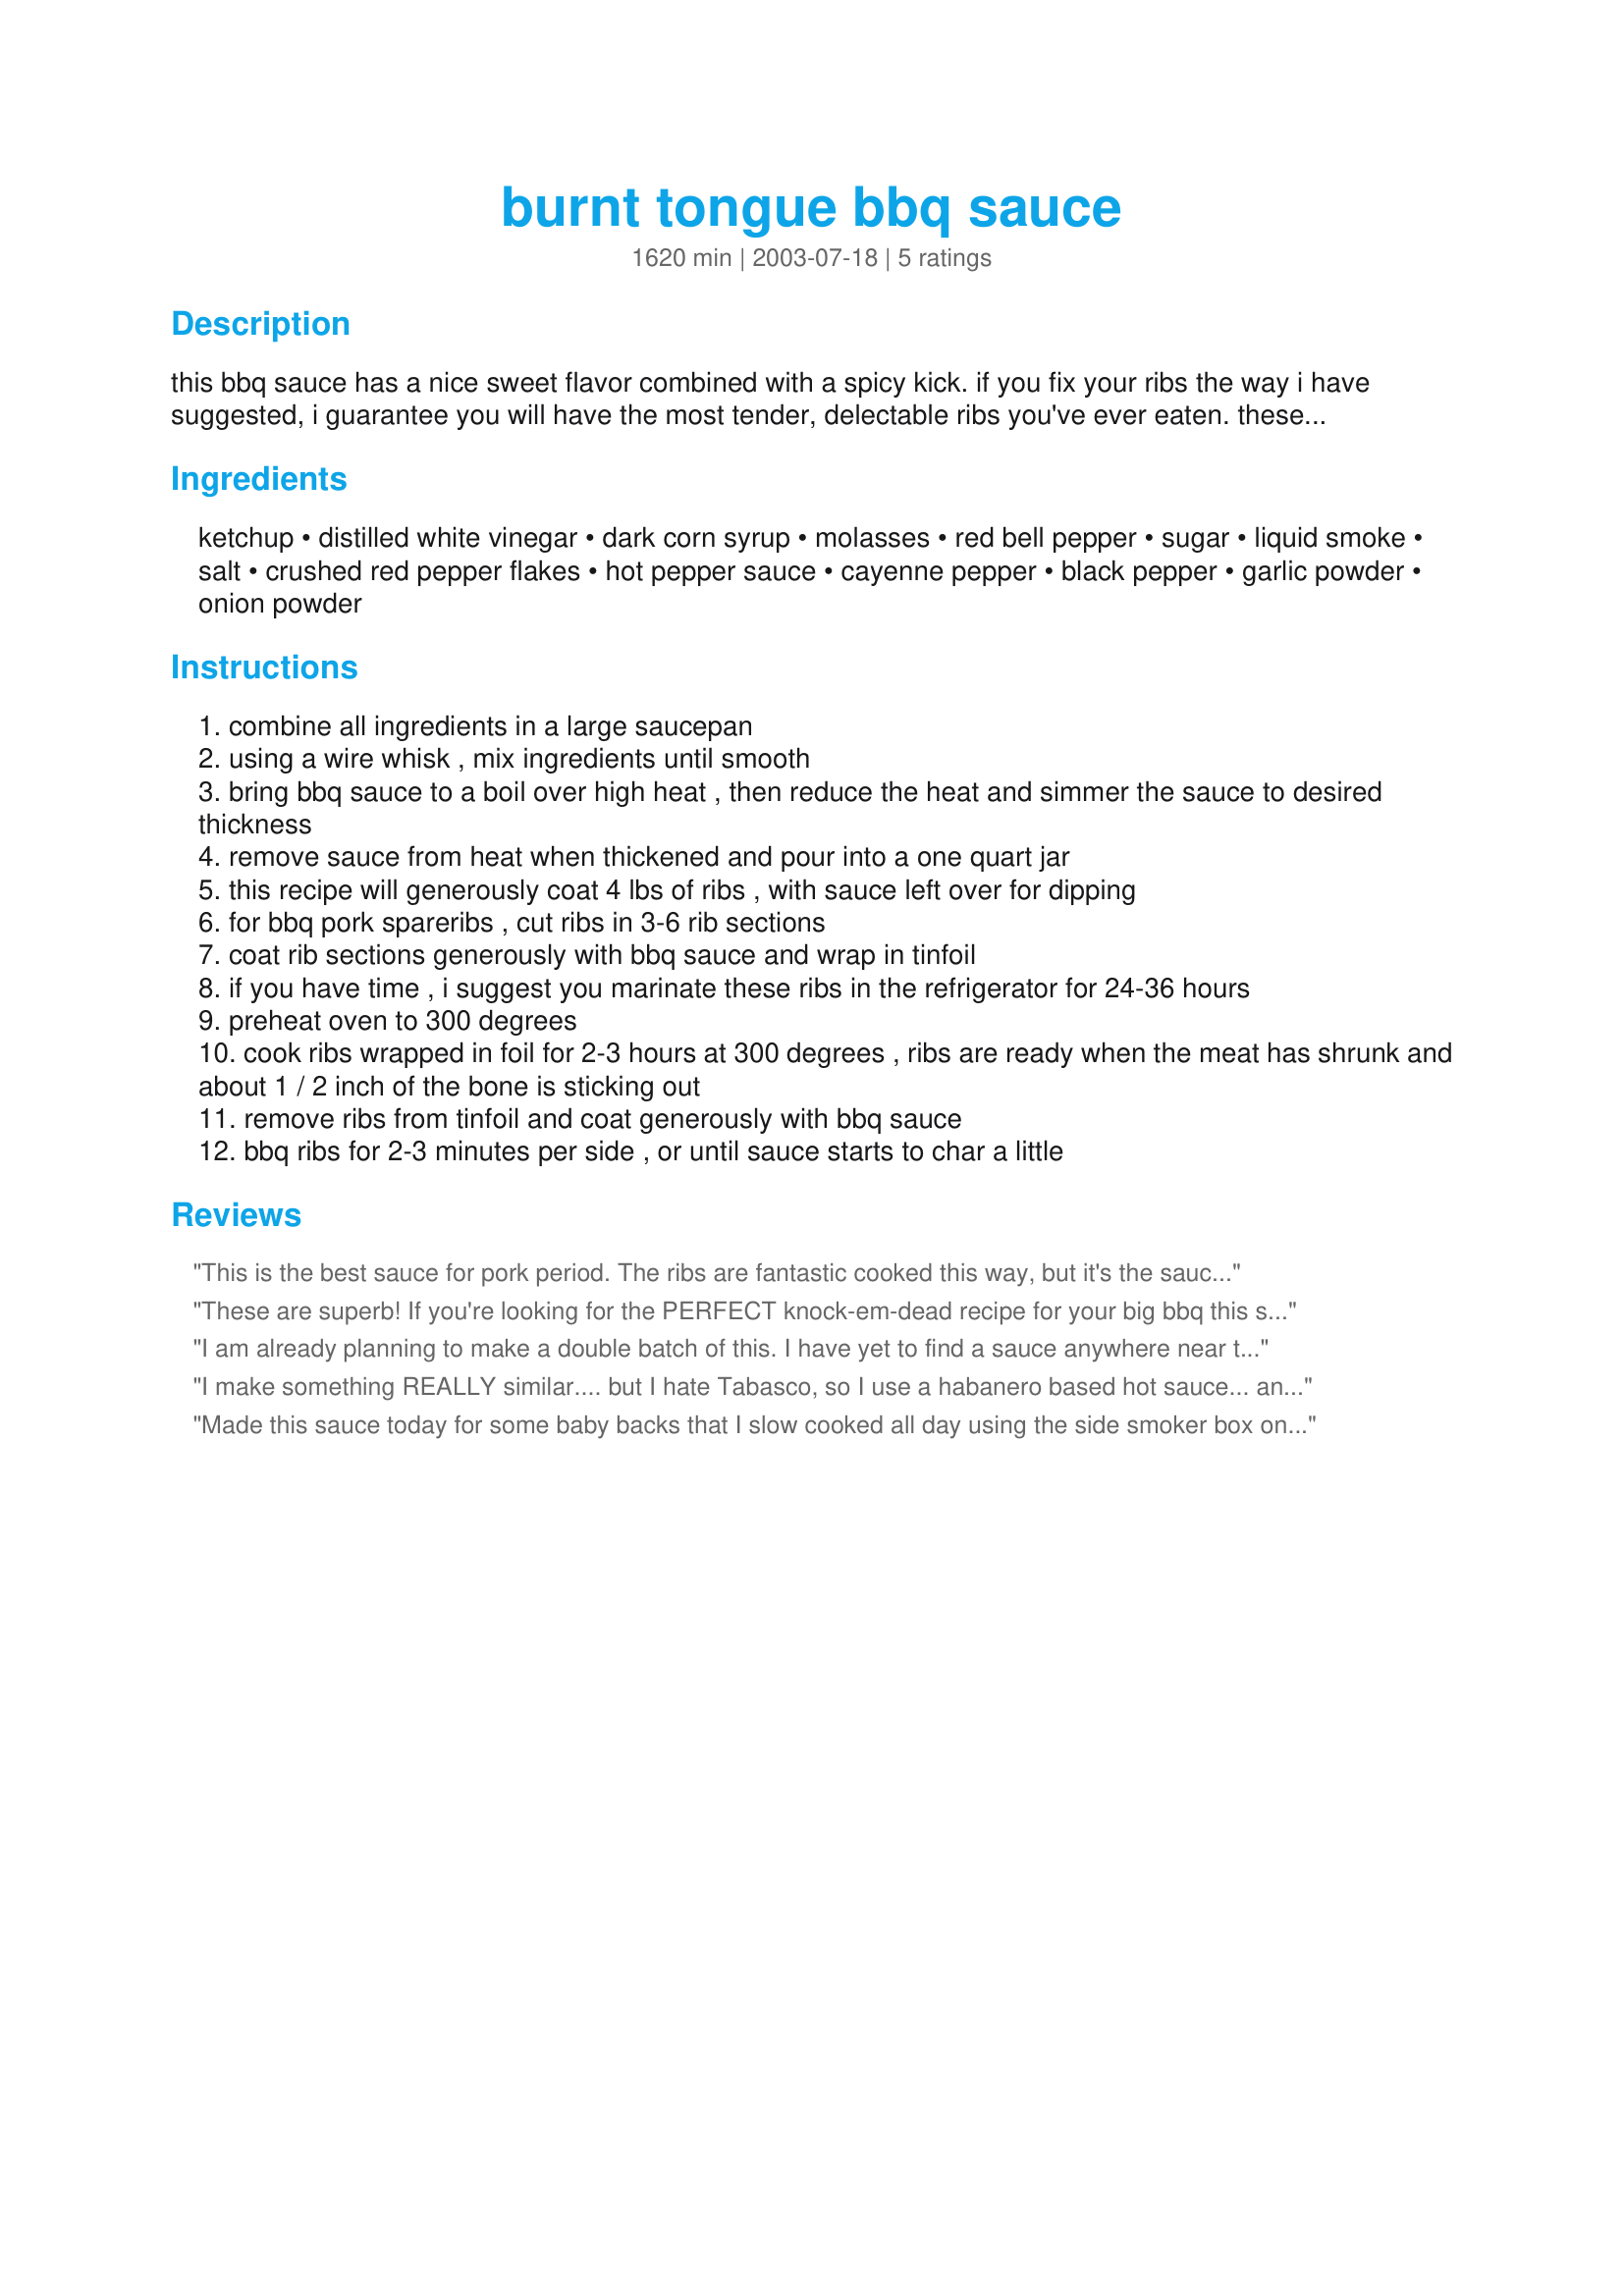
burnt tongue bbq sauce
Preparation time: 1620 minutes

this bbq sauce has a nice sweet flavor combined with a spicy kick. if you fix your ribs the way i have suggested, i guarantee you will have the most tender, delectable ribs you've ever eaten. these ribs are a huge hit at parties and family gatherings, i have yet to find someone that didn't fall head over heals for them! 1 quart will coat 4-6 lbs. of pork spareribs

Ingredients:
ketchup, distilled white vinegar, dark corn syrup, molasses, red bell pepper, sugar, liquid smoke, salt, crushed red pepper flakes, hot pepper sauce, cayenne pepper, black pepper, garlic powder, onion powder

Steps:
combine all ingredients in a large saucepan
using a wire whisk , mix ingredients until smooth
bring bbq sauce to a boil over high heat , then reduce the heat and simmer the sauce to desired thickness
remove sauce from heat when thickened and pour into a one quart jar
this recipe will generously coat 4 lbs of ribs , with sauce left over for dipping
for bbq pork spareribs , cut ribs in 3-6 rib sections
coat rib sections generously with bbq sauce and wrap in tinfoil
if you have time , i suggest you marinate these ribs in the refrigerator for 24-36 hours
preheat oven to 300 degrees
cook ribs wrapped in foil for 2-3 hours at 300 degrees , ribs are ready when the meat has shrunk and about 1 / 2 inch of the bone is sticking out
remove ribs from tinfoil and coat generously with bbq sauce
bbq ribs for 2-3 minutes per side , or until sauce starts to char a little

Reviews:
This is the best sauce for pork period. The ribs are fantastic cooked this way, but it's the sauce that really makes it. At first a slightly sharp vinegar taste that mellows into a sweet taste and then the heat kicks in! It's not really all that hot but oh so good. My wife said it's the best BBQ sauce she's ever had and I agree.
These are superb! If you're looking for the PERFECT knock-em-dead recipe for your big bbq this summer, this is it! It's HOT, so have plenty of cold drinks waiting. Yum!
I am already planning to make a double batch of this. I have yet to find a sauce anywhere near this warm on the store shelves. This is not for children or your grandma!
I make something REALLY similar.... but I hate Tabasco, so I use a habanero based hot sauce... and I skip the liquid smoke, as my meats are actually cooked in a smoker, so there is no reason to add liquid smoke.
Made this sauce today for some baby backs that I slow cooked all day using the side smoker box on the grill. My-O-My. This sauce put them over the top. I found myself with no red pepper in the fridge, and got creative by dicing up a fresh peach for that chunky effect. Also didn't have the full amount of white vinegar so I combined some white, cider, rice, and balsamic vinegars to bring it up to measure. I loved the mingling of flavors, but will go for more heat next time with a bit of chipotle as well. Keep in mind that I like SPICY so please try the written recipe first before turning up the heat. Can't imagine anyone being dissapointed with this marvelous sauce.
